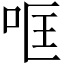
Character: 哐